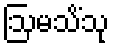
ဩမသိံသု